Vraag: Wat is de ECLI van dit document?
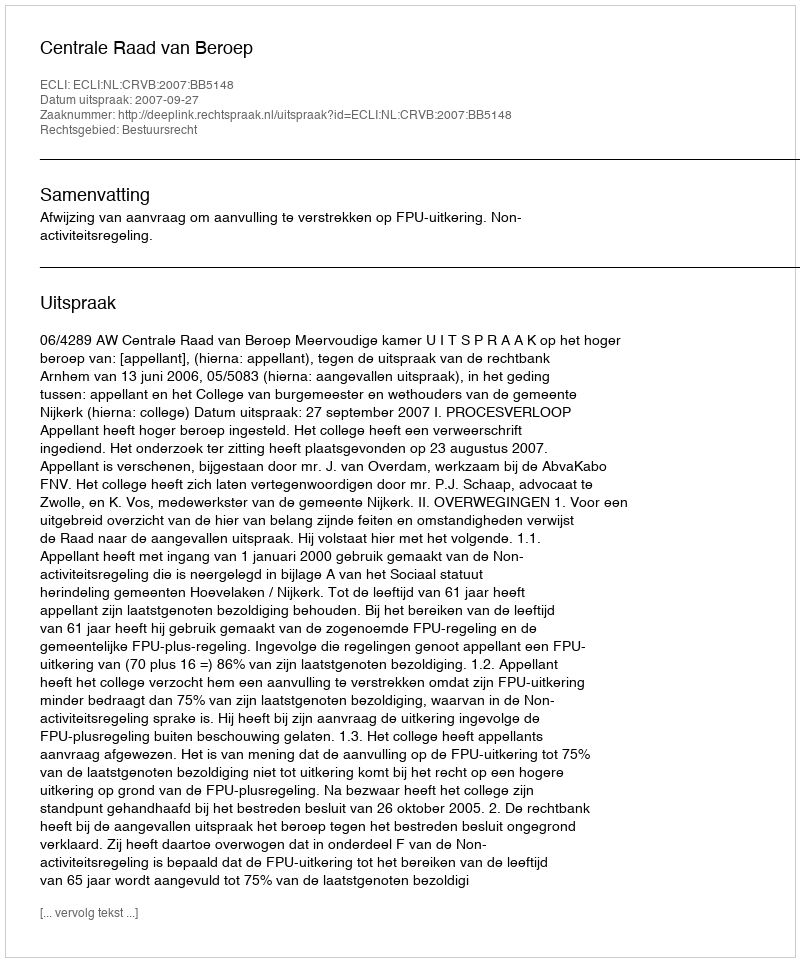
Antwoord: ECLI:NL:CRVB:2007:BB5148